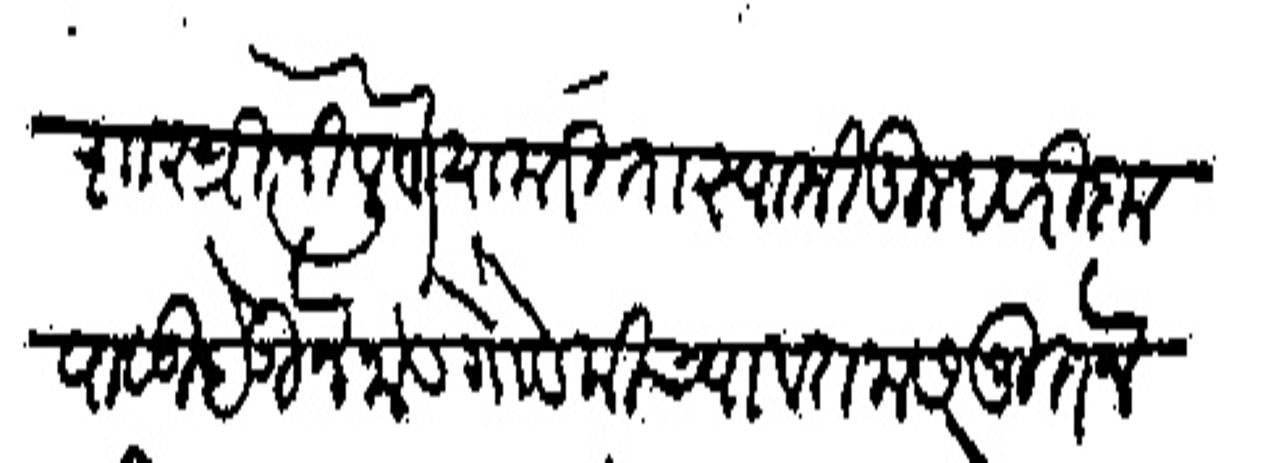
Transliteration (Devanagari): शास्त्री निपून या करीता स्वामी तुम्हावरी कृपाळू होऊन नाडगोडकीच्या वतनास नूतन